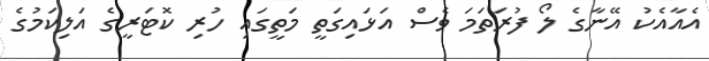
އެއާއެކު އޭނާގެ ލޯ ފުރަތަމަ ވެސް އަޅައިގަތީ މަތީގައި ހުރި ކޮޓަރީގެ އަލިކަމުގެ